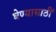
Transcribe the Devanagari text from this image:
घेण्यासाठीं